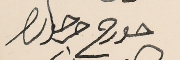
جورج جرجوره